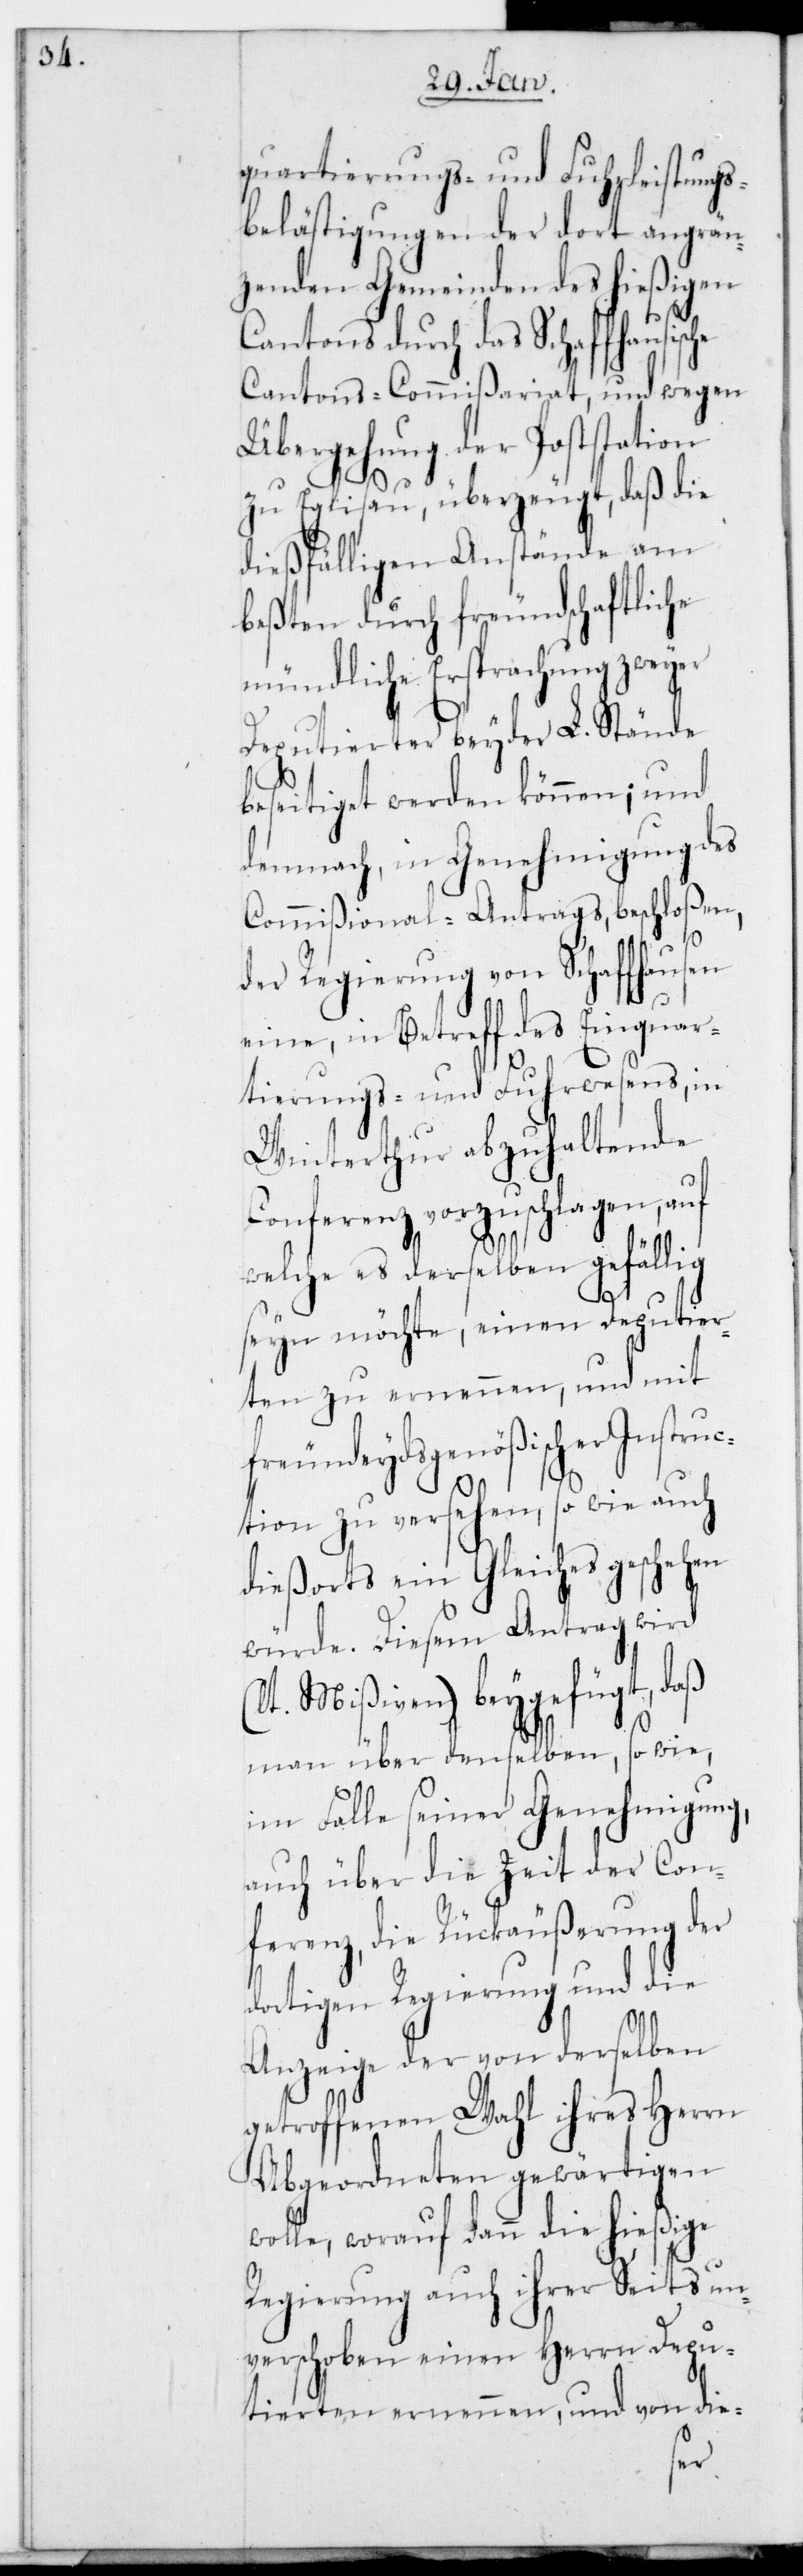
quartierungs- und Fuhrleistung¬
s-Belästigungen der dort angren¬
zenden Gemeinden des hießigen
Cantons durch das Schaffhausisc¬
Cantons-Commißariat, und wegen
Übergehung der Poststation
(l¬
zu Eglisau, überzeugt, daß die
dießfälligen Anstände am
beßten durch freundschaftliche
mündliche Ersprachung zweyer
Deputierter beyder L. Stände
beseitiget werden können; und
demnach, in Genehmigung des
Commißional-Antrags beschloßen,
der Regierung von Schaffhausen
eine, in Betreff des Einquar¬
tierungs- und Fuhrwesens, in
Winterthur abzuhaltende
Conferenz vorzuschlagen, auf
welche es derselben gefällig
sein möchte, einen Deputier¬
ten zu ernennen, und mit
freundeydsgenößischer Instruc¬
tion zu versehen, so wie auch
diesorts ein Gleiches geschehen
würde. Diesem Antrag wird
t. Mißiven) beygefügt, daß
man über denselben, so wie
im Falle seiner Genehmigung,
auch über die Zeit der Con¬
ferenz, die Rückäußerung der
dortigen Regierung und die
Anzeige der von derselben
getroffenen Wahl ihres Herrn
Abgeordneten gewärtigen
wolle, worauf dann die hießige
Regierung auch ihrer Seits un¬
verschoben einen Herrn Depu¬
tierten ernennen, und von die-